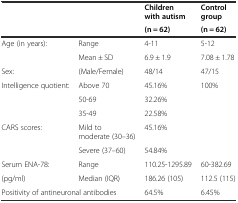
<table><thead><tr><td></td><td></td><td><b>Children with autism</b></td><td><b>Control group</b></td></tr><tr><td></td><td></td><td><b>(n = 62)</b></td><td><b>(n = 62)</b></td></tr></thead><tbody><tr><td>Age (in years):</td><td>Range</td><td>4-11</td><td>5-12</td></tr><tr><td></td><td>Mean ± SD</td><td>6.9 ± 1.9</td><td>7.08 ± 1.78</td></tr><tr><td>Sex:</td><td>(Male/Female)</td><td>48/14</td><td>47/15</td></tr><tr><td>Intelligence quotient:</td><td>Above 70</td><td>45.16%</td><td>100%</td></tr><tr><td></td><td>50-69</td><td>32.26%</td><td></td></tr><tr><td></td><td>35-49</td><td>22.58%</td><td></td></tr><tr><td>CARS scores:</td><td>Mild to moderate (30–36)</td><td>45.16%</td><td></td></tr><tr><td></td><td>Severe (37–60)</td><td>54.84%</td><td></td></tr><tr><td>Serum ENA-78:</td><td>Range</td><td>110.25-1295.89</td><td>60-382.69</td></tr><tr><td>(pg/ml)</td><td>Median (IQR)</td><td>186.26 (105)</td><td>112.5 (115)</td></tr><tr><td colspan="2">Positivity of antineuronal antibodies</td><td>64.5%</td><td>6.45%</td></tr></tbody></table>